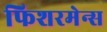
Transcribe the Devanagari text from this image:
फिशरमेन्स